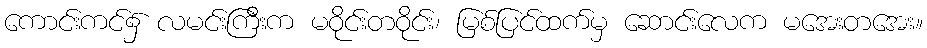
ကောင်းကင်၌ လမင်းကြီးက မဝိုင်းတဝိုင်း၊ မြစ်ပြင်ထက်မှ ဆောင်းလေက မအေးတအေး။